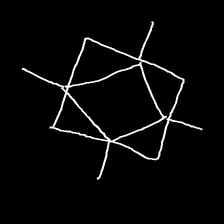
Glyph: light